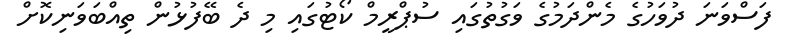
ފަސްވަނަ ދުވަހުގެ މެންދަމުގެ ވަގުތުގައި ސުޕްރީމް ކޯޓުގައި މި ދެ ބޭފުޅުން ތިއްބަވަނިކޮށް